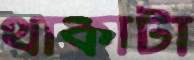
থাকাটা